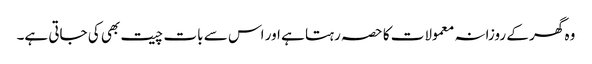
وہ گھر کے روزانہ معمولات کا حصہ رہتا ہے اور اس سے بات چیت بھی کی جاتی ہے۔